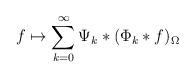
LaTeX: \begin{align*} f\mapsto\sum_{k=0}^\infty\Psi_k\ast(\Phi_k\ast f)_\Omega \end{align*}